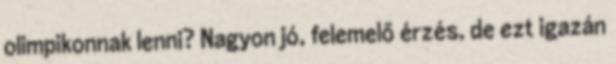
olimpikonnak lenni? Nagyon jó, felemelő érzés, de ezt igazán